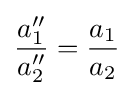
{\frac {a_{1}''}{a_{2}''}}={\frac {a_{1}}{a_{2}}}